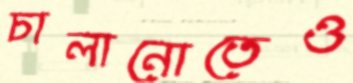
চালানোতেও